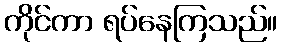
ကိုင်ကာ ရပ်နေကြသည်။